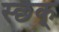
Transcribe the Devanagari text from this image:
स्छैक्